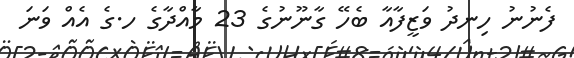
ފެނުނު ހިނދު ވަޒީފާއާ ބެހޭ ގާނޫނުގެ 23 މާއްދާގެ ހ.ގެ އެއް ވަނަ